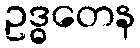
ဥဒ္ဓတေန